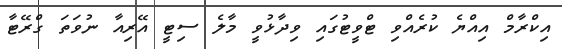
އިކްރާމް އިއްޔެ ކުރެއްވި ޓްވީޓުގައި ވިދާޅުވީ މާލެ ސިޓީ އޭރިއާ ނުވަތަ ގްރޭޓާ